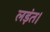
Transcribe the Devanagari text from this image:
लड़ंत।